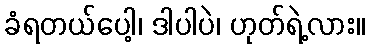
ခံရတယ်ပေါ့၊ ဒါပါပဲ၊ ဟုတ်ရဲ့လား။